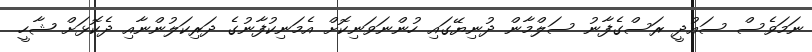
ނަމަވެސް ސައުދީ ރަސްގެފާނު ސަލްމާން ދުނިޔޭގައި ހުންނަވަނިކޮށް އެމަނިކުފާނުގެ ދަރިކަލުންނާއި ދެކޮޅަށް ޝާހީ